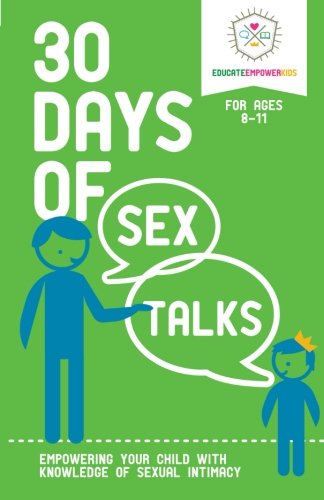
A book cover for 30 Days of Sex Talks for Ages 8-11: Empowering Your Child with Knowledge of Sexual Intimacy (Volume 2); Educate and Empower Kids; Parenting & Relationships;